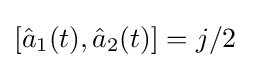
[{\hat {a}}_{1}(t),{\hat {a}}_{2}(t)]=j/2\